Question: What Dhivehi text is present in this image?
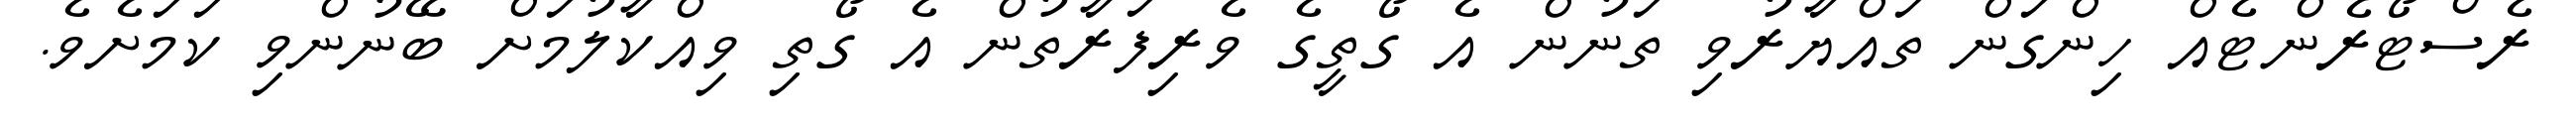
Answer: ރެސްޓޯރެންޓެއް ހިންގަން ތައްޔާރުވި ތަނުން އެ ގޯތީގެ ވެރިފަރާތުން އެ ގޯތި ވިއްކާލުމަށް ބޭނުންވި ކަމަށެވެ.